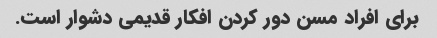
برای افراد مسن دور کردن افکار قدیمی دشوار است.